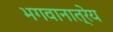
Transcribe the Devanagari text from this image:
भगवानात्रेय